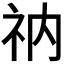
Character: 𫀃